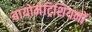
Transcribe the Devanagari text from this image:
बायोमेट्रिशियनों